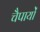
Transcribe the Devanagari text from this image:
चैपायों